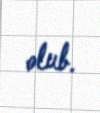
olub.